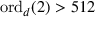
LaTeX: \mathrm { o r d } _ { d } ( 2 ) > 5 1 2